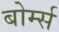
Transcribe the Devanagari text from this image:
बोर्म्स